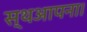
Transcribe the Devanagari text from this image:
स्थआपना।